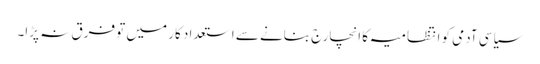
سیاسی آدمی کو انتظامیہ کا انچارج بنانے سے استعداد کار میں تو فرق نہ پڑا۔